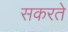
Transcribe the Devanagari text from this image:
सकरते